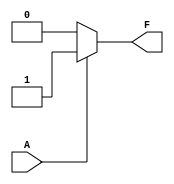
module single_variable_kmap (
    input wire A,        // Single input variable
    output wire F       // Output variable
);

// Define the K-map values for F(0) and F(1)
parameter F0 = 1'b0;   // F(0) when A = 0
parameter F1 = 1'b1;   // F(1) when A = 1

// Combinational logic based on the truth table
assign F = (A == 1'b0) ? F0 : F1;

endmodule